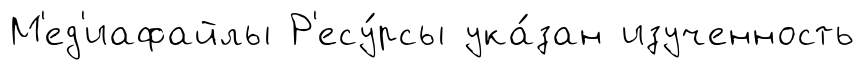
М'ед'иафайлы Р'есу́рсы ука́зан изученность